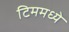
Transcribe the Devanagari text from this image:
टिममध्ये